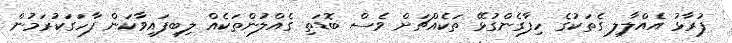
ފުރާޅު އެއްލާލި ގެތަކުގެ ހިފާގެންގުޅޭ ތަކެއްޗަށް ވެސް ބޮޑަތި ގެއްލުންތަކެއް ލިބިފައިވާކަން ފާހަގަކުރަމުން